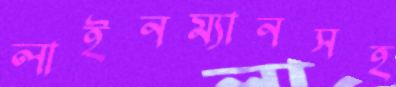
লাইনম্যানসহ